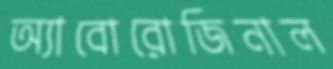
অ্যাবোরোজিনাল